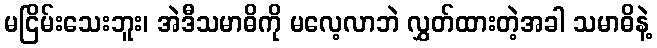
မငြိမ်းသေးဘူး၊ အဲဒီသမာဓိကို မလေ့လာဘဲ လွှတ်ထားတဲ့အခါ သမာဓိနဲ့